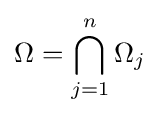
\Omega =\bigcap _{j=1}^{n}\Omega _{j}